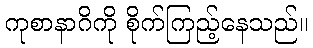
ကုစာနာဂိကို စိုက်ကြည့်နေသည်။